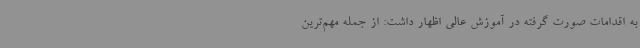
به اقدامات صورت گرفته در آموزش عالی اظهار داشت: از جمله مهم‌ترین